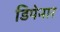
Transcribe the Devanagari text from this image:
डिपेनार